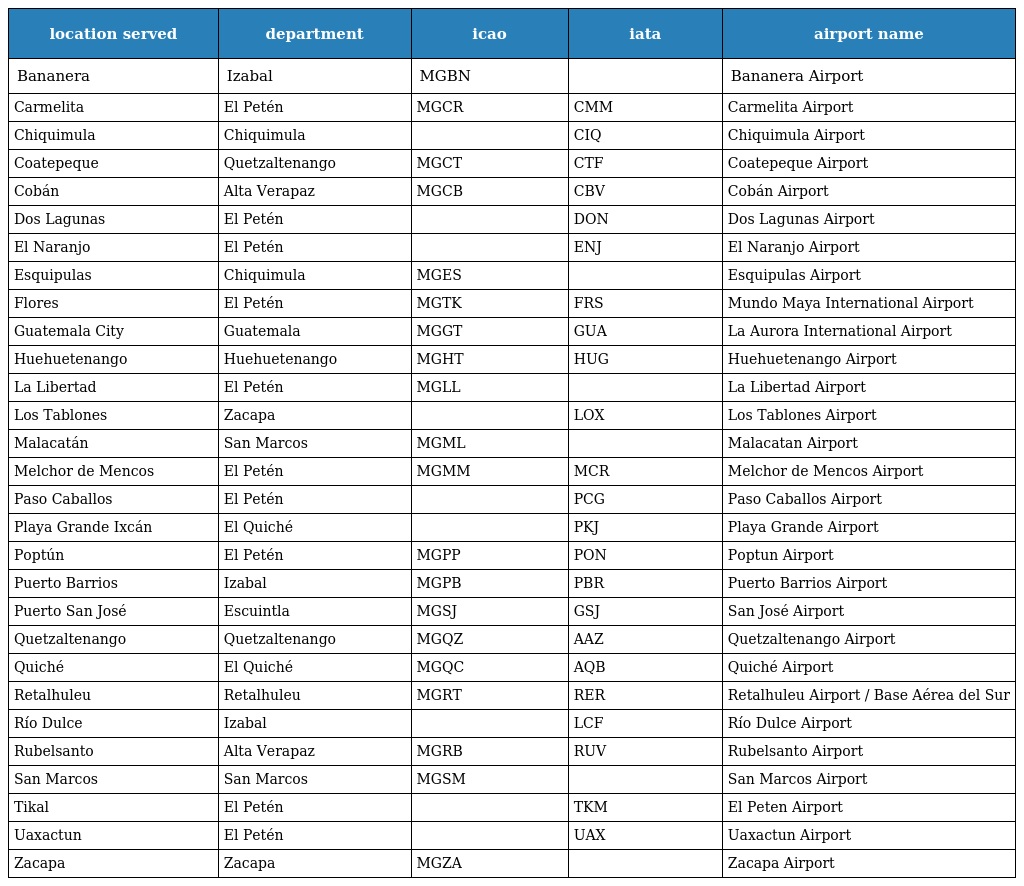
| location served | department | icao | iata | airport name |
 | --- | --- | --- | --- | --- |
 | Bananera | Izabal | MGBN |  | Bananera Airport |
 | Carmelita | El Petén | MGCR | CMM | Carmelita Airport |
 | Chiquimula | Chiquimula |  | CIQ | Chiquimula Airport |
 | Coatepeque | Quetzaltenango | MGCT | CTF | Coatepeque Airport |
 | Cobán | Alta Verapaz | MGCB | CBV | Cobán Airport |
 | Dos Lagunas | El Petén |  | DON | Dos Lagunas Airport |
 | El Naranjo | El Petén |  | ENJ | El Naranjo Airport |
 | Esquipulas | Chiquimula | MGES |  | Esquipulas Airport |
 | Flores | El Petén | MGTK | FRS | Mundo Maya International Airport |
 | Guatemala City | Guatemala | MGGT | GUA | La Aurora International Airport |
 | Huehuetenango | Huehuetenango | MGHT | HUG | Huehuetenango Airport |
 | La Libertad | El Petén | MGLL |  | La Libertad Airport |
 | Los Tablones | Zacapa |  | LOX | Los Tablones Airport |
 | Malacatán | San Marcos | MGML |  | Malacatan Airport |
 | Melchor de Mencos | El Petén | MGMM | MCR | Melchor de Mencos Airport |
 | Paso Caballos | El Petén |  | PCG | Paso Caballos Airport |
 | Playa Grande Ixcán | El Quiché |  | PKJ | Playa Grande Airport |
 | Poptún | El Petén | MGPP | PON | Poptun Airport |
 | Puerto Barrios | Izabal | MGPB | PBR | Puerto Barrios Airport |
 | Puerto San José | Escuintla | MGSJ | GSJ | San José Airport |
 | Quetzaltenango | Quetzaltenango | MGQZ | AAZ | Quetzaltenango Airport |
 | Quiché | El Quiché | MGQC | AQB | Quiché Airport |
 | Retalhuleu | Retalhuleu | MGRT | RER | Retalhuleu Airport / Base Aérea del Sur |
 | Río Dulce | Izabal |  | LCF | Río Dulce Airport |
 | Rubelsanto | Alta Verapaz | MGRB | RUV | Rubelsanto Airport |
 | San Marcos | San Marcos | MGSM |  | San Marcos Airport |
 | Tikal | El Petén |  | TKM | El Peten Airport |
 | Uaxactun | El Petén |  | UAX | Uaxactun Airport |
 | Zacapa | Zacapa | MGZA |  | Zacapa Airport |